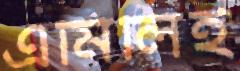
এমিলিই